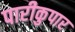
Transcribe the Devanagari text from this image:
पारीकुपार